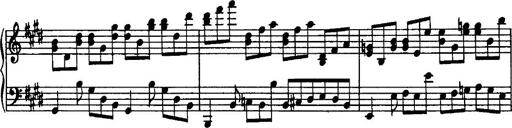
Title: Rondo di bravura
Composer: Franz Liszt